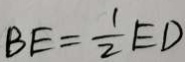
B E = \frac { 1 } { 2 } E D